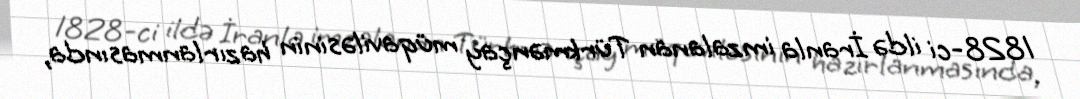
1828-ci ildə İranla imzalanan Türkmənçay müqaviləsinin hazırlanmasında,